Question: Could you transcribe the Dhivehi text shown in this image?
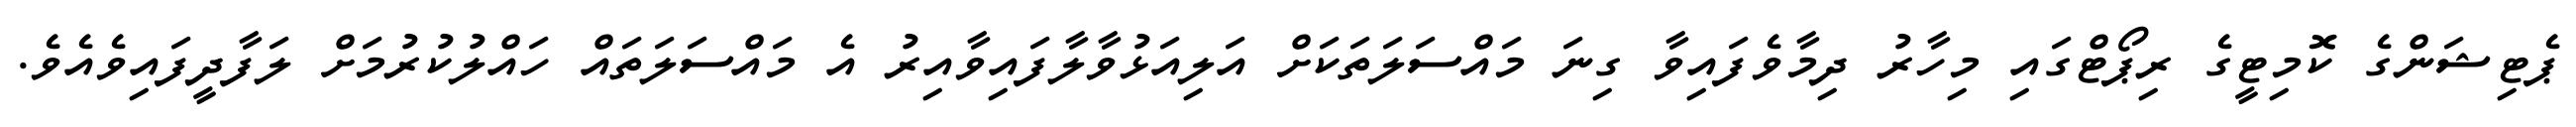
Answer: ޕެޓިޝަންގެ ކޮމިޓީގެ ރިޕޯޓްގައި މިހާރު ދިމާވެފައިވާ ގިނަ މައްސަލަތަކަށް އަލިއަޅުވާލާފައިވާއިރު އެ މައްސަލަތައް ހައްލުކުރުމަށް ލަފާދީފައިވެއެވެ.